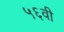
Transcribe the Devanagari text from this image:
५६वी